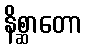
နိစ္ဆာတော